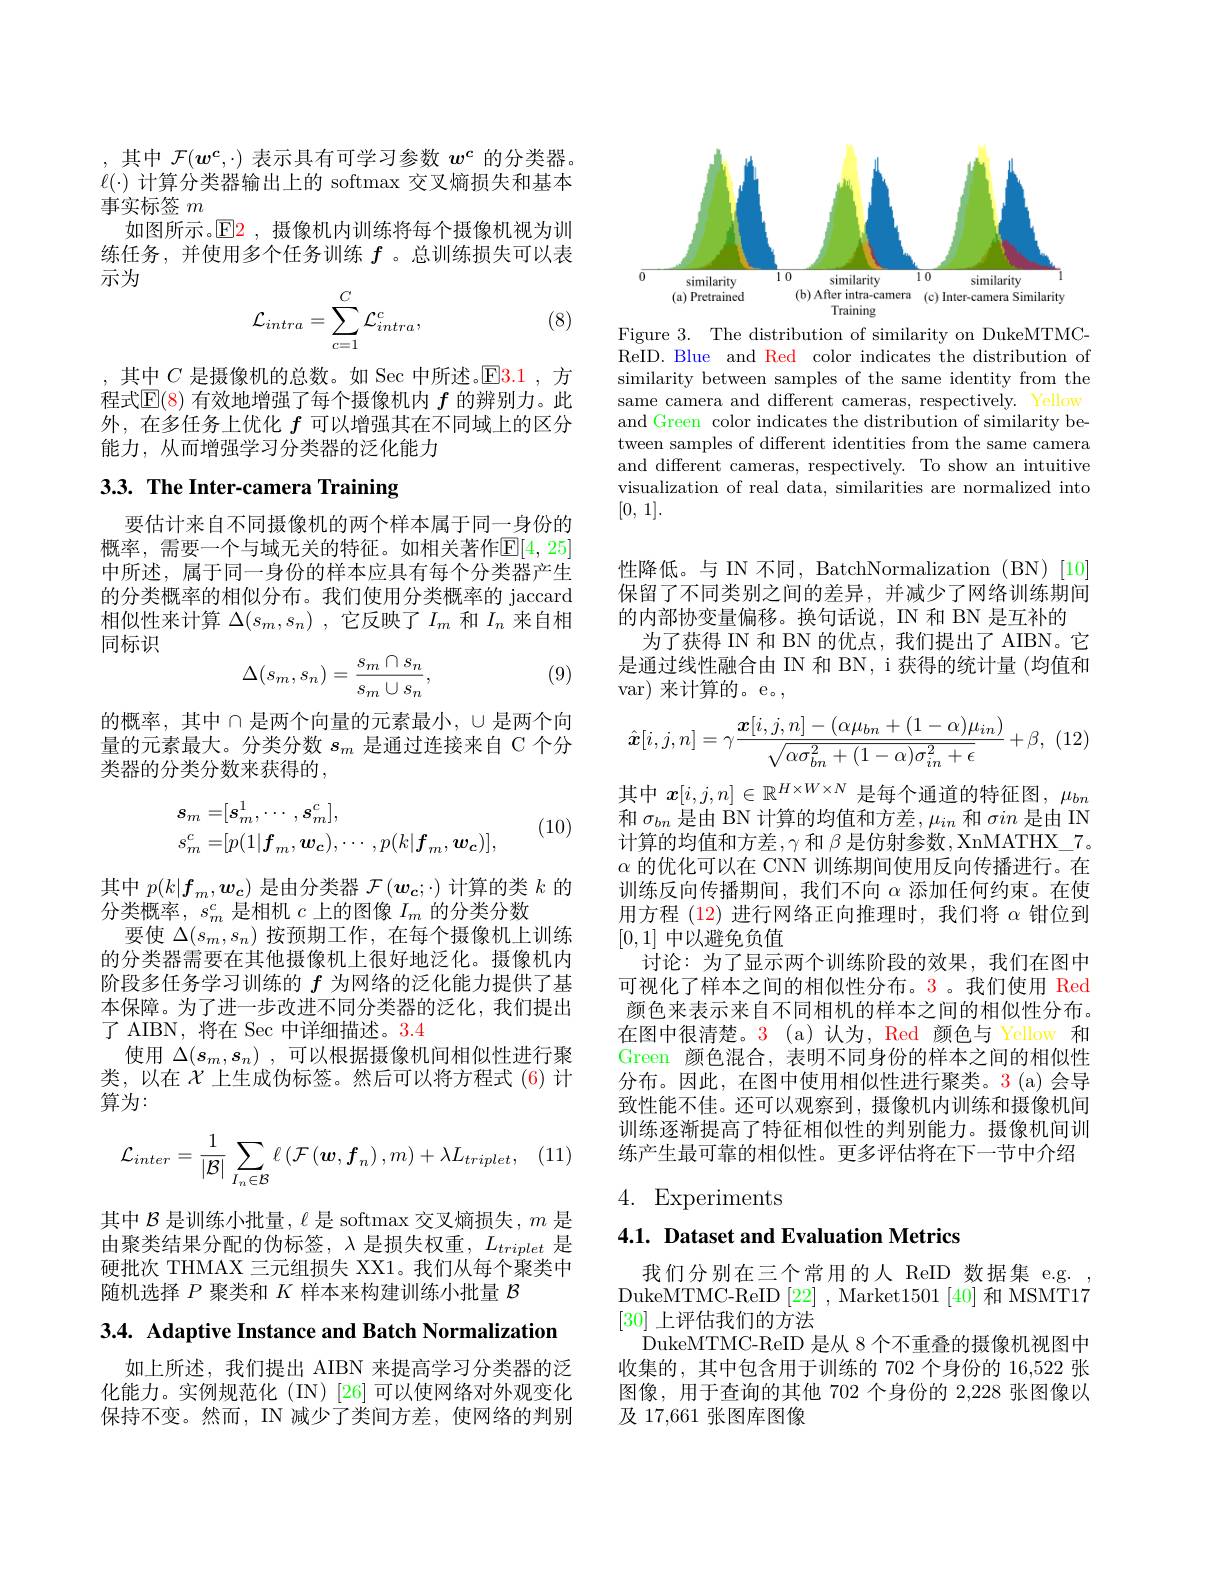
,其中$\mathcal{F}(w^c,\cdot)$表示具有可学习参数$w^c$的分类器。$\ell(\cdot)$计算分类器输出上的 softmax 交叉熵损失和基本事实标签$m$
如图所示。$\mathbb{E}$2 ,摄像机内训练将每个摄像机视为训练任务，并使用多个任务训练$f$ 。总训练损失可以表示为
$$\mathcal{L}_{intra}=\sum_{c=1}^{C}\mathcal{L}_{intra}^{c},$$
(8)

,其中$C$是摄像机的总数。如 Sec 中所述。$\color{red}{E3.1}$,方程式$\mathbb{E}(8)$有效地增强了每个摄像机内$f$的辨别力。此外，在多任务上优化$f$可以增强其在不同域上的区分能力，从而增强学习分类器的泛化能力

# 3.3. The Inter-camera Training

要估计来自不同摄像机的两个样本属于同一身份的概率，需要一个与域无关的特征。如相关著作$\mathbb{E}[4,25]$ 中所述，属于同一身份的样本应具有每个分类器产生的分类概率的相似分布。我们使用分类概率的 jaccard 相似性来计算$\Delta ( s_m, s_n)$ ,它反映了$I_m$和$I_n$来自相同标识

(9)
$$\begin{aligned}\Delta(s_m,s_n)=\frac{s_m\cap s_n}{s_m\cup s_n},\end{aligned}$$
的概率，其中$\cap$是两个向量的元素最小，$\cup$是两个向量的元素最大。分类分数$s_m$是通过连接来自 C 个分类器的分类分数来获得的，
$$\begin{aligned}&s_{m}=[s_{m}^{1},\cdots,s_{m}^{c}],\\&s_{m}^{c}=[p(1|\boldsymbol{f}_{m},\boldsymbol{w}_{\boldsymbol{c}}),\cdots,p(k|\boldsymbol{f}_{m},\boldsymbol{w}_{\boldsymbol{c}})],\end{aligned}$$
(10)

其中$p(k|\boldsymbol{f}_m,\boldsymbol{w}_{\boldsymbol{c}})$是由分类器$\mathcal{F}(\boldsymbol{w}_c;\cdot)$计算的类$k$的
分类概率，$s_m^c$是相机$c$上的图像$I_m$的分类分数
要使$\Delta(s_m,s_n)$按预期工作，在每个摄像机上训练的分类器需要在其他摄像机上很好地泛化。摄像机内阶段多任务学习训练的$f$为网络的泛化能力提供了基本保障。为了进一步改进不同分类器的泛化，我们提出了 AIBN, 将在 Sec 中详细描述。3.4
使用$\Delta(s_m,s_n)$ ,可以根据摄像机间相似性进行聚类，以在$\mathcal{X}$上生成伪标签。然后可以将方程式(6)计算为：
$$\mathcal{L}_{inter}=\frac{1}{|\mathcal{B}|}\sum_{I_{n}\in\mathcal{B}}\ell\left(\mathcal{F}\left(\boldsymbol{w},\boldsymbol{f}_{n}\right),m\right)+\lambda L_{triplet},$$
其中$\mathcal{B}$是训练小批量，$\ell$是 softmax 交叉熵损失，$m$是由聚类结果分配的伪标签，$\lambda$ 是损失权重$,L_triplet$ 是硬批次 THMAX 三元组损失 XX1。我们从每个聚类中随机选择$P$聚类和$K$样本来构建训练小批量$\mathcal{B}$

3.4. Adaptive Instance and Batch Normalization

如上所述，我们提出 AIBN 来提高学习分类器的泛化能力。实例规范化(IN)[26]可以使网络对外观变化保持不变。然而，IN 减少了类间方差，使网络的判别

<FigureHere>

Figure 3. The distribution of similarity on DukeMTMCReID. Blue and Red color indicates the distribution of similarity between samples of the same identity from the same camera and different cameras, respectively. Yellow and Green color indicates the distribution of similarity between samples of different identities from the same camera and different cameras, respectively. To show an intuitive visualization of real data, similarities are normalized into [0, 1].

性降低。与 IN 不同，BatchNormalization ( BN)[10] 保留了不同类别之间的差异，并减少了网络训练期间

的内部协变量偏移。换句话说，IN 和 BN 是互补的
为了获得 IN 和 BN 的优点，我们提出了 AIBN。它是通过线性融合由 IN 和 BN, i 获得的统计量 (均值和var) 来计算的。e。,
$$\hat{\boldsymbol{x}}[i,j,n]=\gamma\frac{\boldsymbol{x}[i,j,n]-(\alpha\mu_{bn}+(1-\alpha)\mu_{in})}{\sqrt{\alpha\sigma_{bn}^{2}+(1-\alpha)\sigma_{in}^{2}+\epsilon}}+\beta,$$
其中$x[i,j,n]\in\mathbb{R}^{H\times W\times N}$是每个通道的特征图，$\mu_bn$ 和$\sigma_bn$是由 BN 计算的均值和方差$,\mu_in$和$\sigma in$是由 IN 计算的均值和方差$,\gamma$ 和 $\beta$ 是仿射参数，XnMATHX\_7. $\alpha$的优化可以在 CNN 训练期间使用反向传播进行。在训练反向传播期间，我们不向$\alpha$添加任何约束。在使用方程 (12) 进行网络正向推理时，我们将$\alpha$钳位到[0,1]中以避免负值
讨论：为了显示两个训练阶段的效果，我们在图中可视化了样本之间的相似性分布。3。我们使用 Red 颜色来表示来自不同相机的样本之间的相似性分布。在图中很清楚。3 (a)认为，Red 颜色与 Yellow 和Green 颜色混合，表明不同身份的样本之间的相似性分布。因此，在图中使用相似性进行聚类。3(a)会导致性能不佳。还可以观察到，摄像机内训练和摄像机间训练逐渐提高了特征相似性的判别能力。摄像机间训练产生最可靠的相似性。更多评估将在下一节中介绍

4. Experiments

## 4.1. Dataset and Evaluation Metrics

我们分别在三个常用的人 ReID 数据集 e.g. , DukeMTMC-ReID [22], Market$1501\left[40\right]$和 MSMT17 [30]上评估我们的方法
DukeMTMC-ReID 是从 8 个不重叠的摄像机视图中收集的，其中包含用于训练的 702 个身份的 16,522 张图像，用于查询的其他 702 个身份的 2,228 张图像以及 17,661 张图库图像